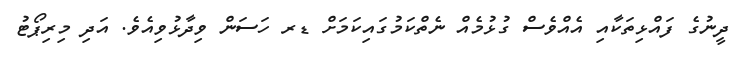
ދީނުގެ ފައްޅިތަކާއި އެއްވެސް ގުޅުމެއް ނެތްކަމުގައިކަމަށް ޑރ ހަސަން ވިދާޅުވިއެވެ. އަދި މިރިޕޯޓު